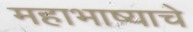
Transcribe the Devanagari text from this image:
महाभाष्याचे